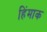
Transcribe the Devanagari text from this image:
हिंमाक